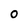
Character: O